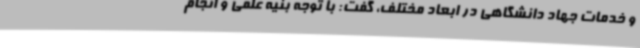
و خدمات جهاد دانشگاهی در ابعاد مختلف، گفت: با توجه بنیه علمی و انجام